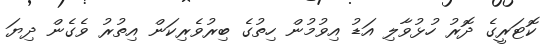
ކޮޓަރީގެ ދޮރު ހުޅުވާލި އަޑު އިވުމުން ހިތުގެ ބިރުވެރިކަން އިތުރު ވެގެން ދިޔަ